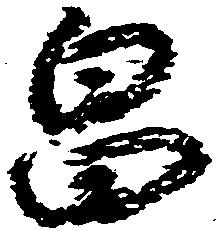
畠